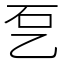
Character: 乭